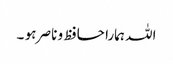
اللہ ہمارا حافظ و ناصر ہو ۔